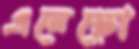
এনেছো